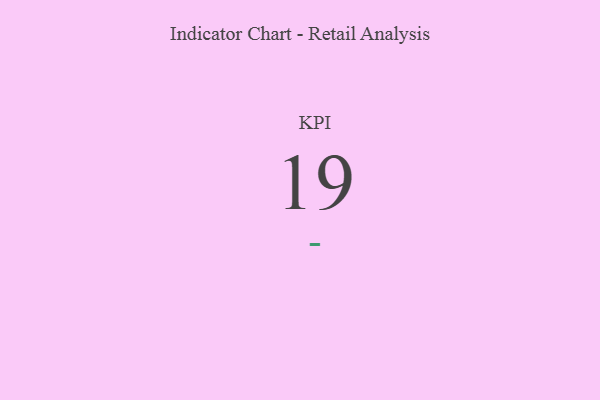
{"axis": {"x": "KPI", "y": "Value"}, "legend": [""], "data": [{"x": "KPI", "y": 19, "type": ""}]}